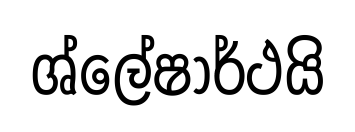
ශ්ලේෂාර්ථයි